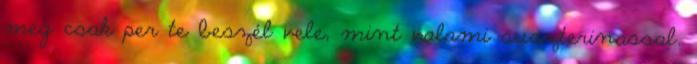
meg csak per te beszél vele, mint valami suszterinassal.